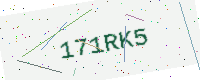
Text: 171RK5